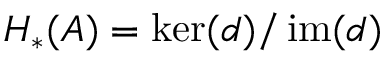
H _ { * } ( A ) = \ker ( d ) / \operatorname { i m } ( d )